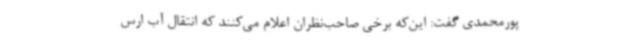
پورمحمدی گفت: این‌که برخی صاحب‌نظران اعلام می‌کنند که انتقال آب ارس